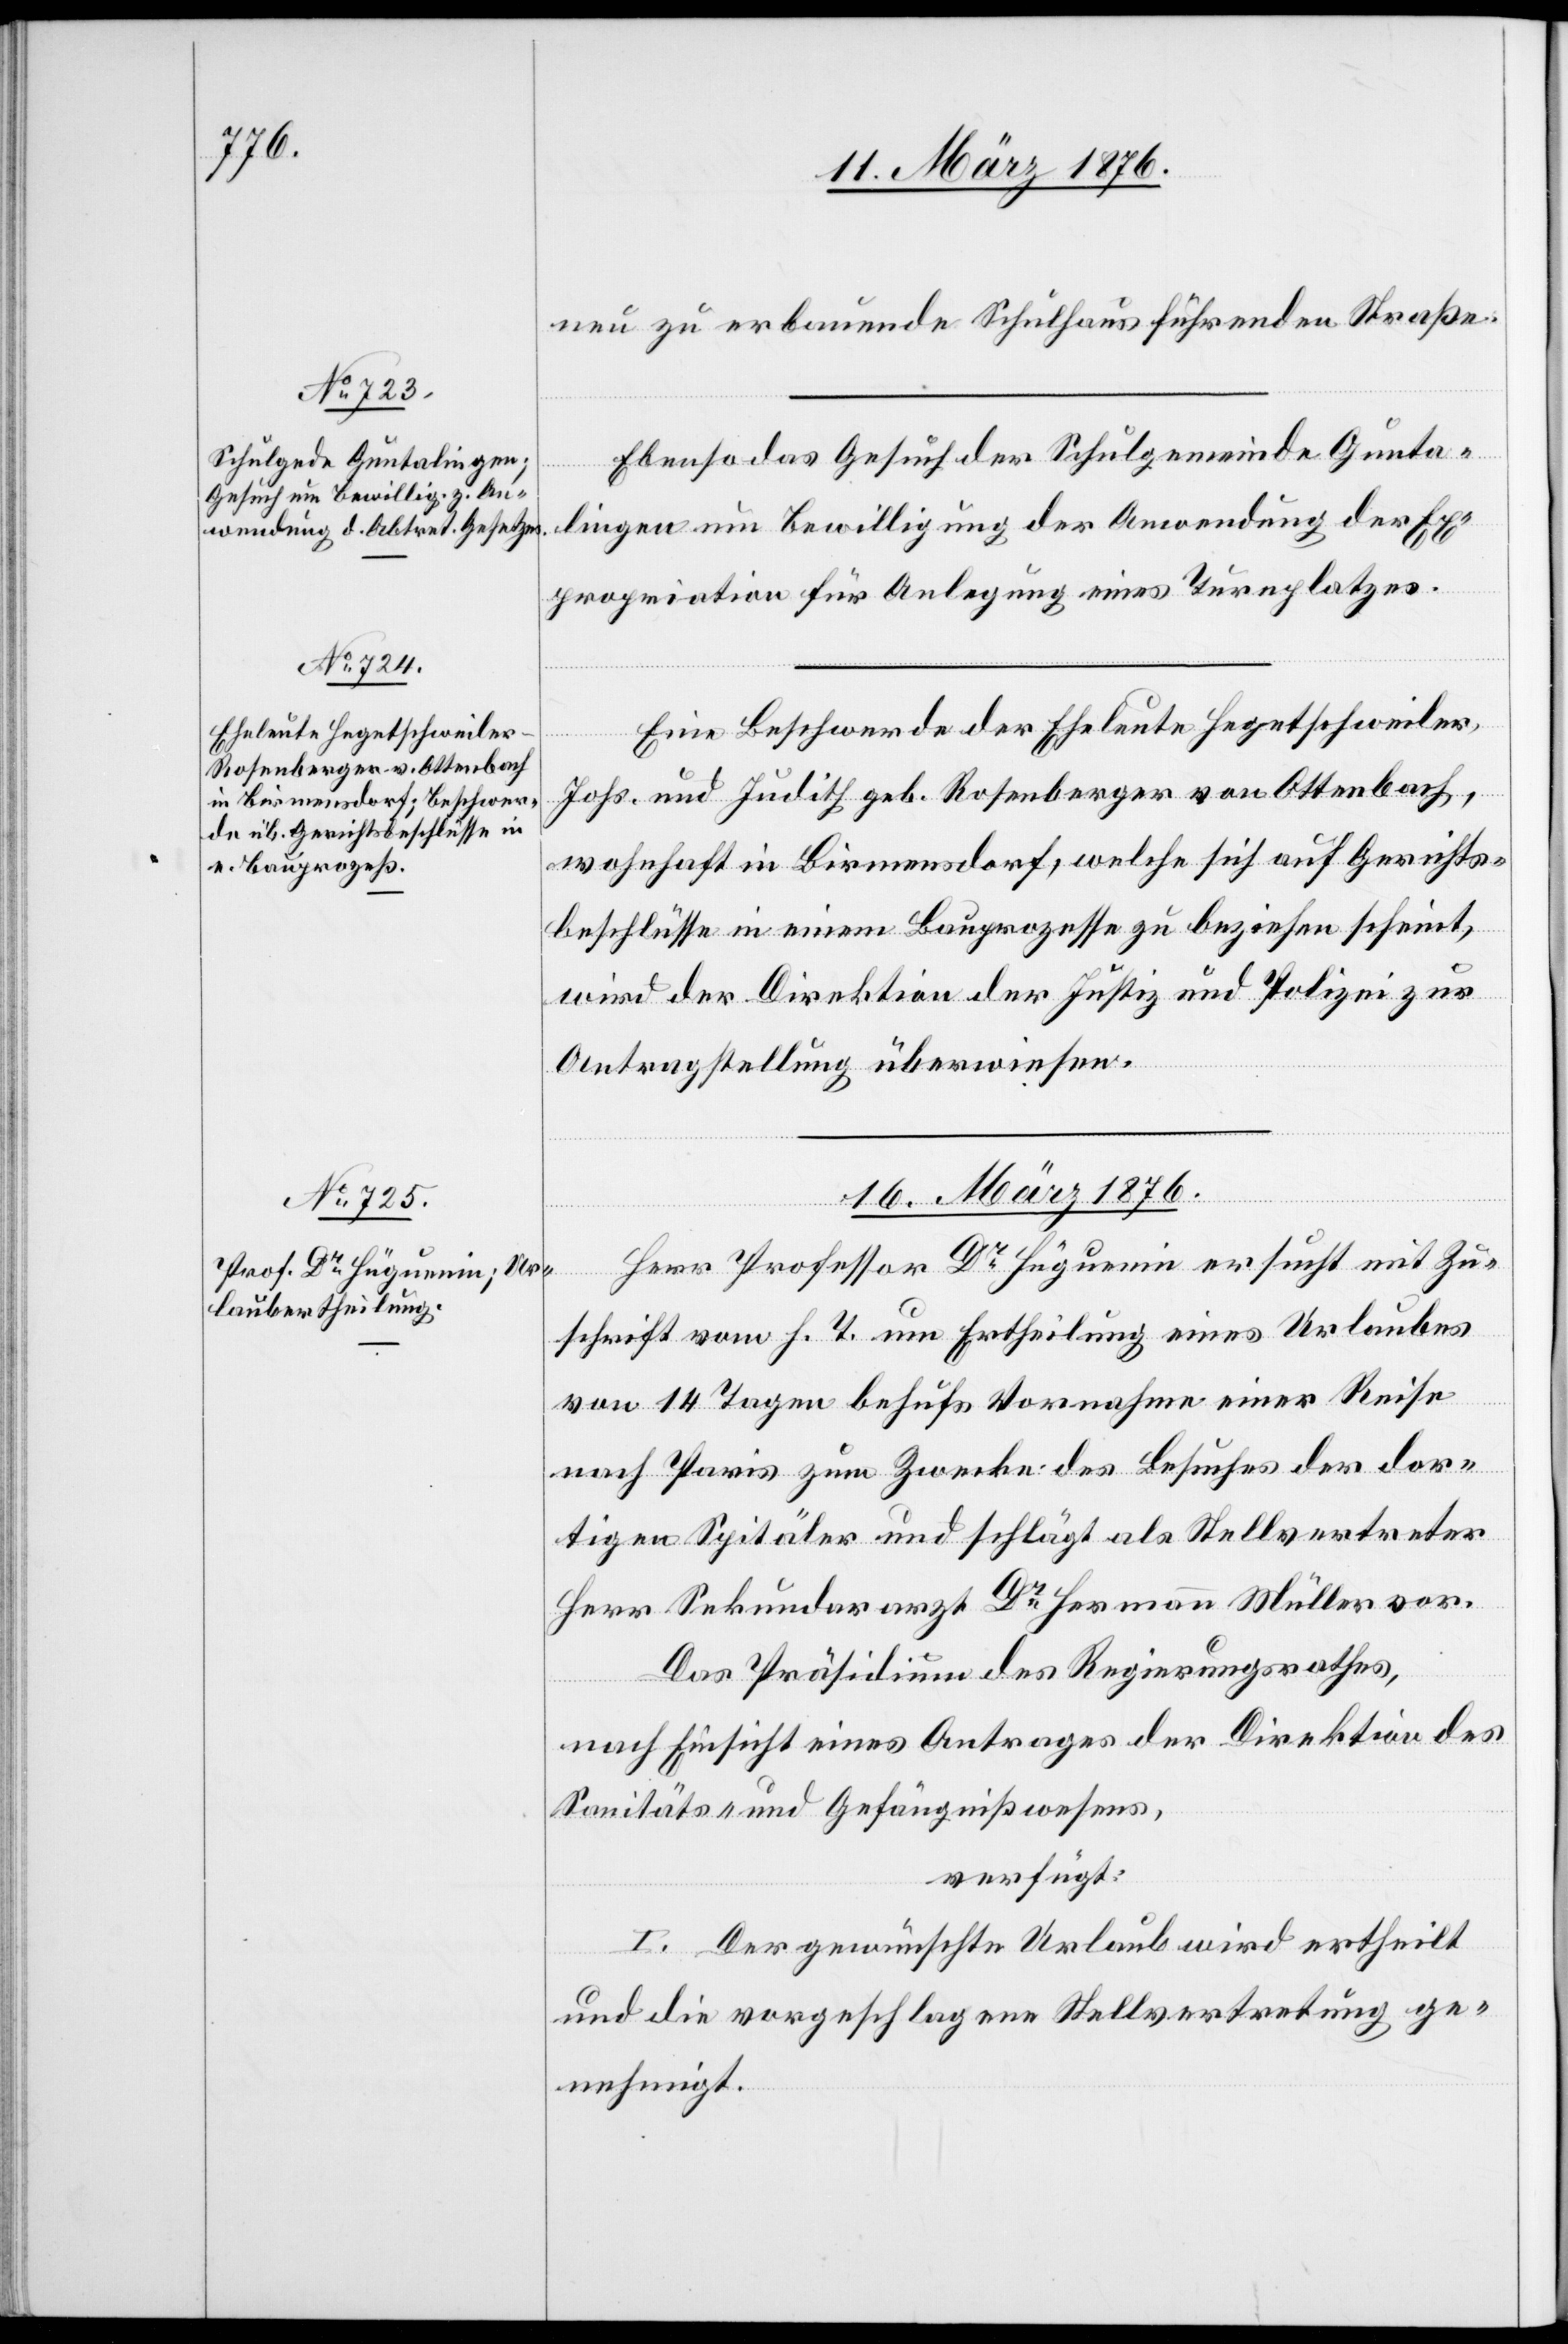
15. März 1876.]
neu zu erbauende Schulhaus führenden Straße.
Ebenso das Gesuch der Schulgemeinde Gunta¬
ngen.
lingen um Bewilligung der Anwendung der Ex¬
propriation für Anlegung eines Turnplatzes.
Eine Beschwerde der Eheleute Hegetschweiler,
Johs. und Judith geb. Rotenberger von Ottenbach,
wohnhaft in Birmensdorf, welche sich auf Gerichts¬
beschlüsse in einem Bauprozesse zu beziehen scheint,
wird der Direktion der Justiz und Polizei zur
Antragstellung überwiesen.
16. März 1876.
Herr Professor Dr Hüguenin ersucht mit Zu¬
schrift vom h. T. um Ertheilung eines Urlaubes
l-Verfügu¬
von 14 Tagen behufs Vornahme einer Reise
nach Paris zum Zwecke des Besuches der dor¬
tigen Spitäler und schlägt als Stellvertreter
Herr Sekundararzt Dr Hermann Müller vor.
Das Präsidium des Regierungsrathes,
nach Einsicht eines Antrages der Direktion des
Sanitäts- und Gefängnißwesens,
verfügt:
I. Der gewünschte Urlaub wird ertheilt
und die vorgeschlagene Stellvertretung ge¬
nehmigt.